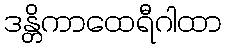
ဒန္တိကာထေရီဂါထာ